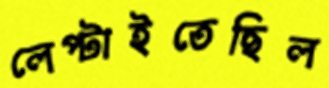
লেপ্‌টাইতেছিল